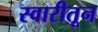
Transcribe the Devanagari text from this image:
स्वारीतून